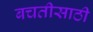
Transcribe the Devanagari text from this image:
बचतीसाठी